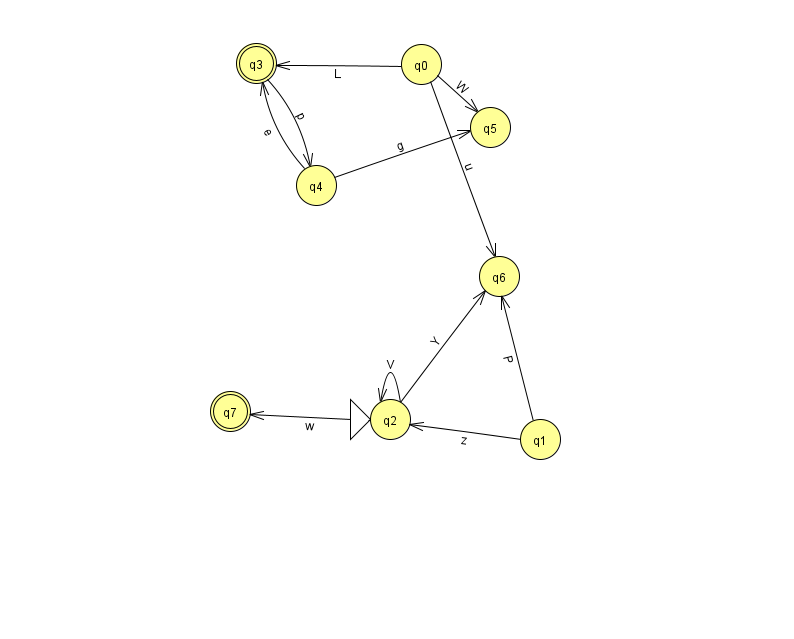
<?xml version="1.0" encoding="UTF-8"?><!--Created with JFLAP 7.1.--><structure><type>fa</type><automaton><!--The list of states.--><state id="0" name="q0"><x>421.0</x><y>51.0</y></state><state id="1" name="q1"><x>540.0</x><y>426.0</y></state><state id="2" name="q2"><x>390.0</x><y>406.0</y><initial/></state><state id="3" name="q3"><x>256.0</x><y>50.0</y><final/></state><state id="4" name="q4"><x>316.0</x><y>172.0</y></state><state id="5" name="q5"><x>490.0</x><y>114.0</y></state><state id="6" name="q6"><x>499.0</x><y>263.0</y></state><state id="7" name="q7"><x>230.0</x><y>398.0</y><final/></state><!--The list of transitions.--><transition><from>2</from><to>6</to><read>Y</read></transition><transition><from>4</from><to>5</to><read>g</read></transition><transition><from>0</from><to>3</to><read>L</read></transition><transition><from>1</from><to>2</to><read>z</read></transition><transition><from>0</from><to>5</to><read>W</read></transition><transition><from>1</from><to>6</to><read>P</read></transition><transition><from>2</from><to>2</to><read>V</read></transition><transition><from>4</from><to>3</to><read>e</read></transition><transition><from>2</from><to>7</to><read>w</read></transition><transition><from>0</from><to>6</to><read>u</read></transition><transition><from>3</from><to>4</to><read>p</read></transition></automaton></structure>